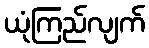
ယုံကြည်လျက်